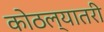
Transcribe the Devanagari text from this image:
कोठल्यातरी